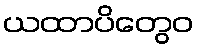
ယထာပိတွေဝ